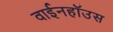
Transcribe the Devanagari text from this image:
वाईनहॉउस